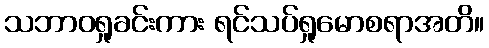
သဘာဝရှုခင်းကား ရင်သပ်ရှုမောစရာအတိ။